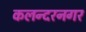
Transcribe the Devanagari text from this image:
कलन्दरनगर